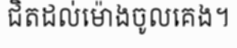
ជិតដល់ម៉ោងចូលគេង។